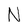
Character: N